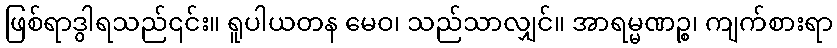
ဖြစ်ရာဒွါရသည်၎င်း။ ရူပါယတန မေဝ၊ သည်သာလျှင်။ အာရမ္မဏဉ္စ၊ ကျက်စားရာ